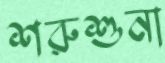
শরুশুনা